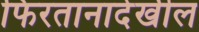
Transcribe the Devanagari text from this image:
फिरतानादेखील